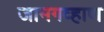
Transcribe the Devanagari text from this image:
जामगव्हाण